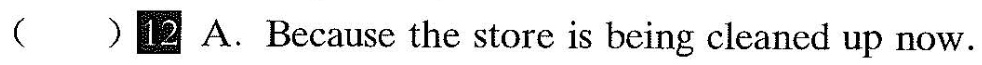
()2 A.Because the store is being cleaned up now.